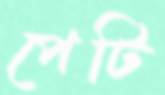
পেটি